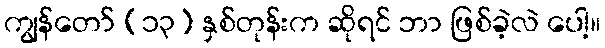
ကျွန်တော် (၁၃) နှစ်တုန်းက ဆိုရင် ဘာ ဖြစ်ခဲ့လဲ ပေါ့။